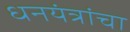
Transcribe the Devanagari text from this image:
धनयंत्रांचा